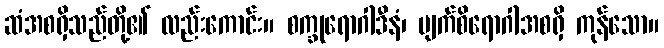
ဆံအစရှိသည်တို့၏ လည်းကောင်း။ စက္ခုရောဂါဒီနံ၊ မျက်စိရောဂါအစရှိ ကုန်သော။